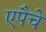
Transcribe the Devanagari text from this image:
एपैचे